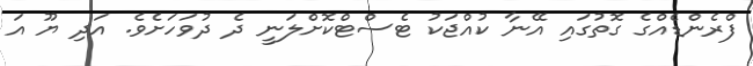
ފްރެންޑެއްގެ ގޮތުގައި އޭނާ ކުއްޖަކު ޓެސްޓްކޮށްލަނީ ދެ ދުވަހަށެވެ. އަދި ޔޫ އަ